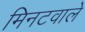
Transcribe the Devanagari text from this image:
मिनटवाले